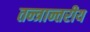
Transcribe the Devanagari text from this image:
तन्त्रान्तरीय